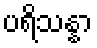
ပရိသန္နာ